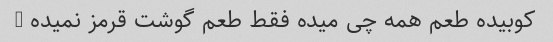
کوبیده طعم همه چی میده فقط طعم گوشت قرمز نمیده …